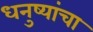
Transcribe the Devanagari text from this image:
धनुष्यांचा